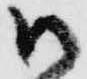
御